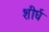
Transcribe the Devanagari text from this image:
शीर्घ